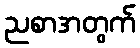
ညစာအတွက်